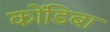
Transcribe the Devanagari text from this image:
कोंडिबा